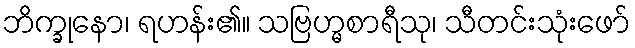
ဘိက္ခုနော၊ ရဟန်း၏။ သဗြဟ္မစာရီသု၊ သီတင်းသုံးဖော်